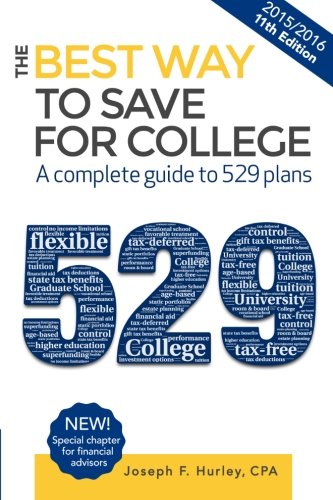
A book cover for The Best Way to Save for College: A Complete Guide to 529 Plans 2015-2016; Joseph F Hurley; Education & Teaching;